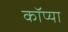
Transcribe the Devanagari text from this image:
कॉप्या